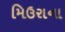
મિઉરાના